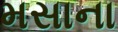
મસાના